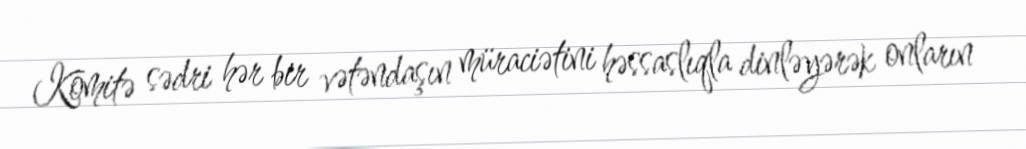
Komitə sədri hər bir vətəndaşın müraciətini həssaslıqla dinləyərək onların